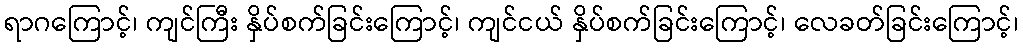
ရာဂကြောင့်၊ ကျင်ကြီး နှိပ်စက်ခြင်းကြောင့်၊ ကျင်ငယ် နှိပ်စက်ခြင်းကြောင့်၊ လေခတ်ခြင်းကြောင့်၊